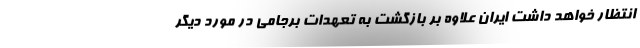
انتظار خواهد داشت ایران علاوه بر بازگشت به تعهدات برجامی در مورد دیگر